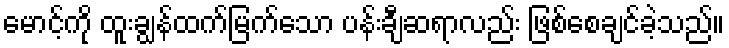
မောင့်ကို ထူးချွန်ထက်မြက်သော ပန်းချီဆရာလည်း ဖြစ်စေချင်ခဲ့သည်။